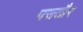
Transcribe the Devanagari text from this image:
पसतौर